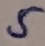
Text: 5